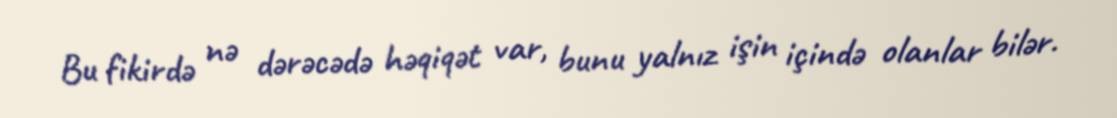
Bu fikirdə nə dərəcədə həqiqət var, bunu yalnız işin içində olanlar bilər.